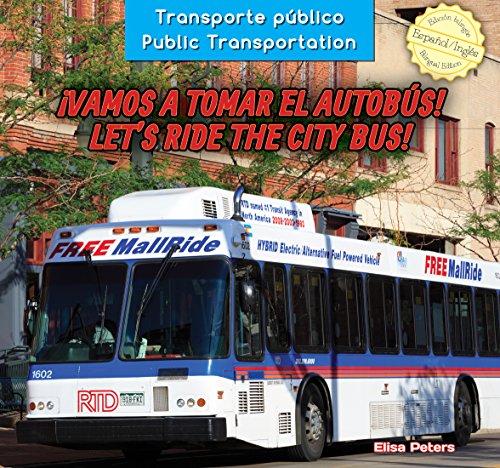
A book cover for Vamos a Tomar El Autobs! / Let's Ride the City Bus! (Transporte Pblico / Public Transportation) (Spanish Edition); Elisa Peters; Children's Books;